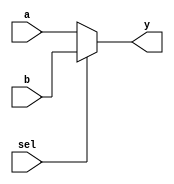
//-----------------------------------------------------------------------------
// Title         : 2-1 multiplexer
// Project       : Computer Organization
//-----------------------------------------------------------------------------
//-----------------------------------------------------------------------------
// Description :
//   Parameterized 2-1 mux  used in the implementations of the MIPS processor
//   subset described in Ch. 5-6 of "Computer Organization and Design, 3rd ed."
//   by David Patterson & John Hennessey, Morgan Kaufmann, 2004 (COD3e).  
//
//-----------------------------------------------------------------------------

module mux2( sel, a, b, y );
    parameter bitwidth=32;
    input sel;
    input  [bitwidth-1:0] a, b;
    output [bitwidth-1:0] y;

    assign y = sel ? b : a;
endmodule